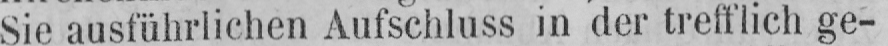
Sie ausführlichen Aufschluss in der trefflich ge-